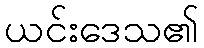
ယင်းဒေသ၏